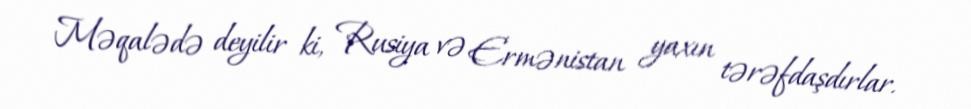
Məqalədə deyilir ki, Rusiya və Ermənistan yaxın tərəfdaşdırlar.